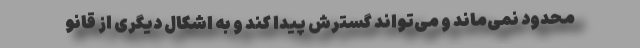
محدود نمی‌ماند و می‌تواند گسترش پیدا کند و به اشکال دیگری از قانو